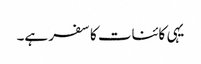
یہی کائنات کا سفر ہے۔